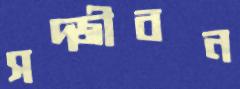
সদ্জীবন